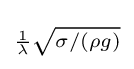
\scriptstyle {\frac {1}{\lambda }}{\sqrt {\sigma /(\rho g)}}